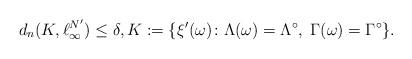
LaTeX: \begin{align*} d_n(K,\ell_\infty^{N'})\le\delta, K:=\{\xi'(\omega)\colon \Lambda(\omega)=\Lambda^\circ,\;\Gamma(\omega)=\Gamma^\circ\}. \end{align*}